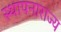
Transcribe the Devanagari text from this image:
स्थापनाराज्य